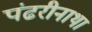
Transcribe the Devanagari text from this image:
पंढरीनाथा